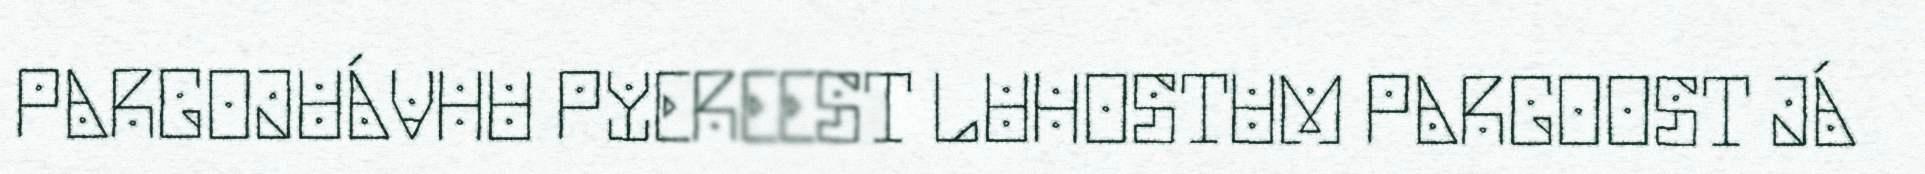
PARGOJUÁVHU PYEREEST LUHOSTUM PARGOOST JÁ